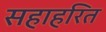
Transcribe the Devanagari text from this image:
सहाहरित